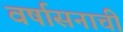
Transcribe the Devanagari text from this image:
वर्षासनाची